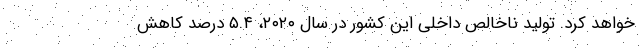
خواهد کرد. تولید ناخالص داخلی این کشور در سال ۲۰۲۰، ۵.۴ درصد کاهش